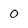
Character: O